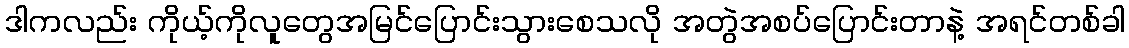
ဒါကလည်း ကိုယ့်ကိုလူတွေအမြင်ပြောင်းသွားစေသလို အတွဲအစပ်ပြောင်းတာနဲ့ အရင်တစ်ခါ